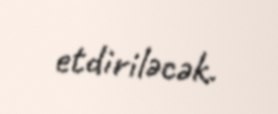
etdiriləcək.